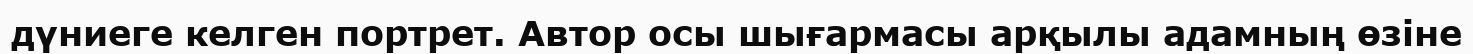
дүниеге келген портрет. Автор осы шығармасы арқылы адамның өзіне